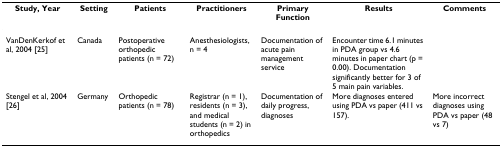
<table><thead><tr><td><b>Study, Year</b></td><td><b>Setting</b></td><td><b>Patients</b></td><td><b>Practitioners</b></td><td><b>Primary Function</b></td><td><b>Results</b></td><td><b>Comments</b></td></tr></thead><tbody><tr><td>VanDenKerkof et al, 2004 [25]</td><td>Canada</td><td>Postoperative orthopedic patients (n = 72)</td><td>Anesthesiologists, n = 4</td><td>Documentation of acute pain management service</td><td>Encounter time 6.1 minutes in PDA group vs 4.6 minutes in paper chart (p = 0.00). Documentation significantly better for 3 of 5 main pain variables.</td><td></td></tr><tr><td>Stengel et al, 2004 [26]</td><td>Germany</td><td>Orthopedic patients (n = 78)</td><td>Registrar (n = 1), residents (n = 3), and medical students (n = 2) in orthopedics</td><td>Documentation of daily progress, diagnoses</td><td>More diagnoses entered using PDA vs paper (411 vs 157).</td><td>More incorrect diagnoses using PDA vs paper (48 vs 7)</td></tr></tbody></table>